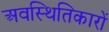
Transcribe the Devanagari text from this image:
अवस्थितिकारों